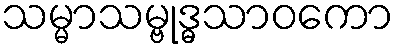
သမ္မာသမ္ဗုဒ္ဓသာဝကော